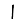
Digit: 1